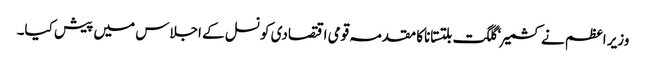
وزیر اعظم نے کشمیر ‘ گلگت بلتستاناکا مقدمہ قومی اقتصادی کونسل کے اجلاس میں پیش کیا۔